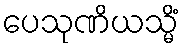
ပေသုဏိယသ္မိံ